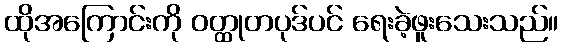
ထိုအကြောင်းကို ဝတ္ထုတပုဒ်ပင် ရေးခဲ့ဖူးသေးသည်။